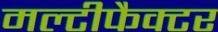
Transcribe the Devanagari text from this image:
मल्टीफैक्टर